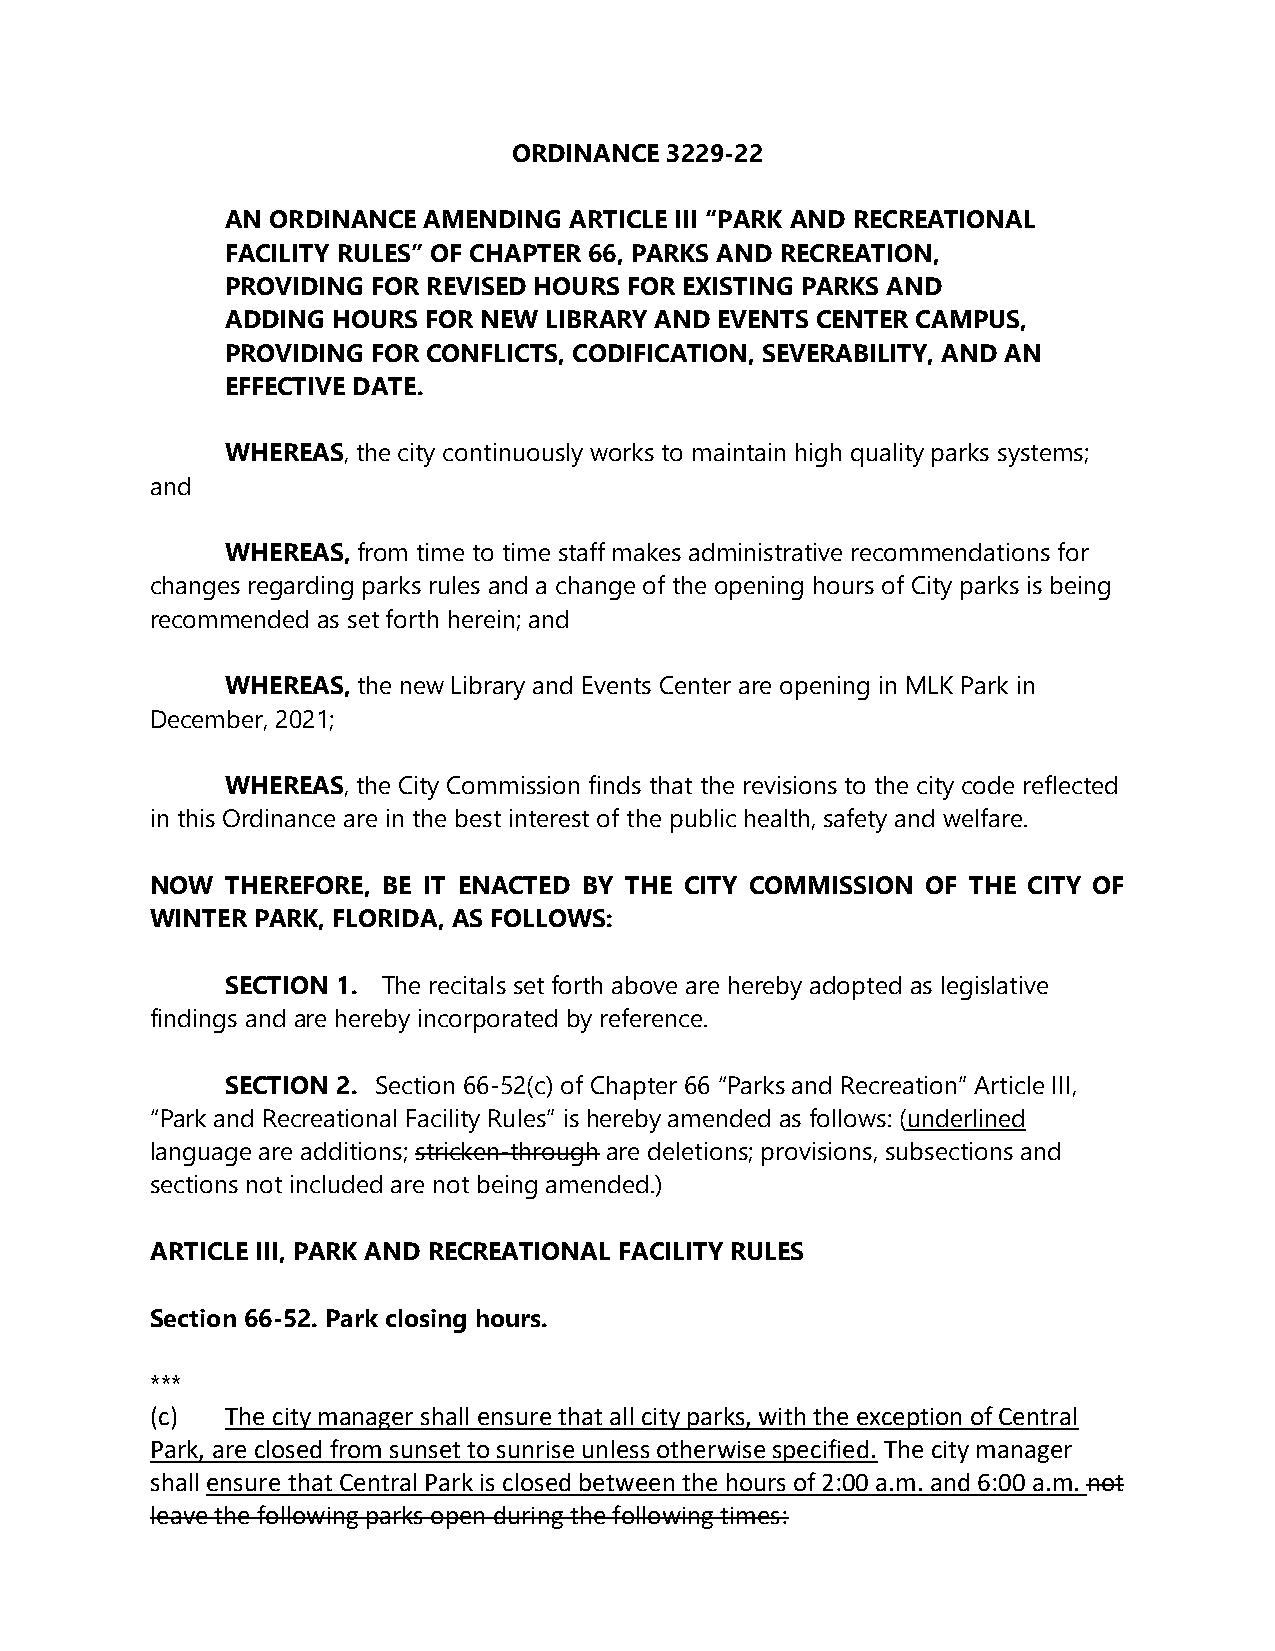
ORDINANCE 3229-22
 AN ORDINANCE AMENDING  ARTICLE III “PARK AND RECREATIONAL
 FACILITY RULES” OF CHAPTER 66, PARKS AND RECREATION,
 PROVIDING FOR REVISED HOURS FOR EXISTING PARKS AND
 ADDING HOURS FOR NEW LIBRARY AND EVENTS CENTER CAMPUS,
 PROVIDING FOR CONFLICTS, CODIFICATION, SEVERABILITY, AND AN
 EFFECTIVE DATE.
 WHEREAS, the city continuously works to maintain high quality parks systems;
 and
 WHEREAS, from time to time staff makes administrative recommendations for
 changes regarding parks rules and a change of the opening hours of City parks is being
 recommended as set forth herein; and
 WHEREAS, the new Library and Events Center are opening in MLK Park in
 December, 2021;
 WHEREAS, the City Commission finds that the revisions to the city code reflected
 in this Ordinance are in the best interest of the public health, safety and welfare.
 NOW  THEREFORE, BE IT ENACTED BY THE CITY COMMISSION OF THE CITY OF
 WINTER PARK, FLORIDA, AS FOLLOWS:
 SECTION 1. The recitals set forth above are hereby adopted as legislative
 findings and are hereby incorporated by reference.
 SECTION 2. Section 66-52(c) of Chapter 66 “Parks and Recreation” Article III,
 “Park and Recreational Facility Rules” is hereby amended as follows: (underlined
 language are additions; stricken-through are deletions; provisions, subsections and
 sections not included are not being amended.)
 ARTICLE III, PARK AND RECREATIONAL FACILITY RULES
 Section 66-52. Park closing hours.
 ***
 (c)  The city manager shall ensure that all city parks, with the exception of Central
 Park, are closed from sunset to sunrise unless otherwise specified. The city manager
 shall ensure that Central Park is closed between the hours of 2:00 a.m. and 6:00 a.m. not
 leave the following parks open during the following times: